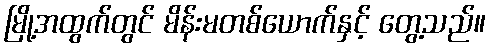
မြို့အထွက်တွင် မိန်းမတစ်ယောက်နှင့် တွေ့သည်။